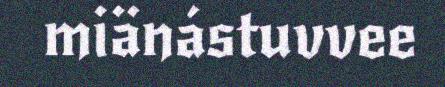
miänástuvvee